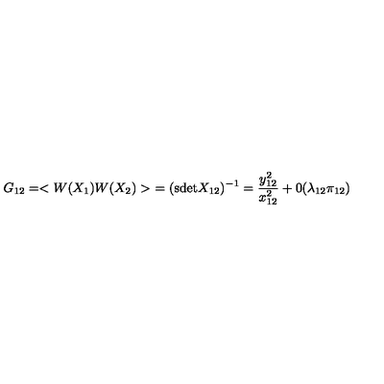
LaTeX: G _ { 1 2 } = < W ( X _ { 1 } ) W ( X _ { 2 } ) > \ = ( \mathrm { s d e t } X _ { 1 2 } ) ^ { - 1 } = { \frac { y _ { 1 2 } ^ { 2 } } { x _ { 1 2 } ^ { 2 } } } + 0 ( \lambda _ { 1 2 } \pi _ { 1 2 } )